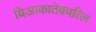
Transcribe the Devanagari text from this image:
यिआकातेक्वत्लि